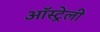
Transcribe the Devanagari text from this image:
ऑस्ट्रेली